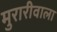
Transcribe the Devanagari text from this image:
मुरारीवाला